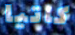
كاتيا